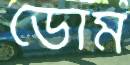
ডোম